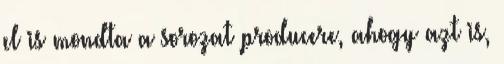
el is mondta a sorozat producere, ahogy azt is,